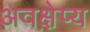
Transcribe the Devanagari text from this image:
अवक्षेप्य